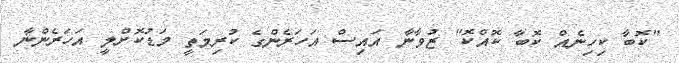
"ކޮބާ ކިހިނެއް ކޮބާ ކޮއްކޮ" ޒުވާނާ އައިސް އަހަރެންގެ ކުރިމަތީ މަޑުކޮށްލީ އަހަރެންނާ